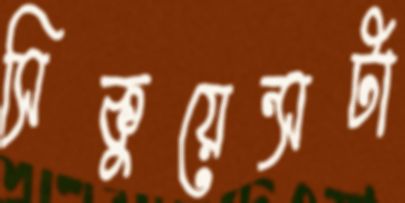
সিকুয়েন্সটা